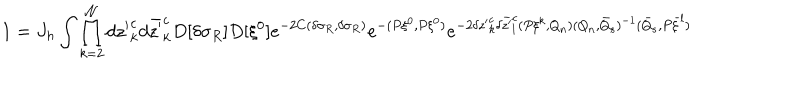
LaTeX: 1 = J _ { h } \int \prod _ { k = 2 } ^ { \cal N } d { z ^ { \prime } } _ { k } ^ { c } d \bar { z ^ { \prime } } _ { k } ^ { c } D [ \delta \sigma _ { R } ] D [ \xi ^ { 0 } ] e ^ { - 2 C ( \delta \sigma _ { R } , \delta \sigma _ { R } ) } e ^ { - ( P \xi ^ { 0 } , P \xi ^ { 0 } ) } e ^ { - 2 \delta { z ^ { \prime } } _ { k } ^ { c } \delta \bar { z ^ { \prime } } _ { l } ^ { c } ( P \xi ^ { k } , Q _ { n } ) ( Q _ { n } , \bar { Q } _ { s } ) ^ { - 1 } ( \bar { Q } _ { s } , P \bar { \xi } ^ { l } ) }